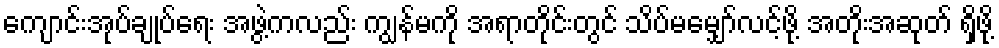
ကျောင်းအုပ်ချုပ်ရေး အဖွဲ့ကလည်း ကျွန်မကို အရာတိုင်းတွင် သိပ်မမျှော်လင့်ဖို့ အတိုးအဆုတ် ရှိဖို့